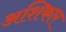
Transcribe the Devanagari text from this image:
अशिकार